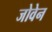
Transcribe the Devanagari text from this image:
जोवेन